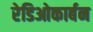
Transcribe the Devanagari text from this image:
रेडिओकार्बन